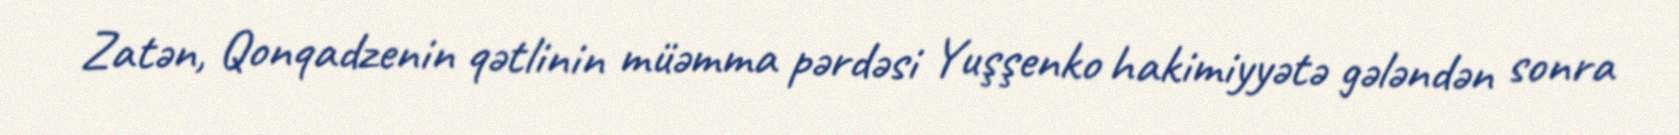
Zatən, Qonqadzenin qətlinin müəmma pərdəsi Yuşşenko hakimiyyətə gələndən sonra